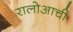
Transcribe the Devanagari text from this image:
रालोआची